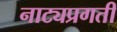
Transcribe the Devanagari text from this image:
नाट्यप्रगती